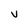
Character: v